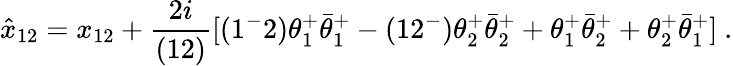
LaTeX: \hat{x}_{12}=x_{12}+{\frac{2i}{(12)}}[(1^{-}2)\theta_{1}^{+}\bar{\theta}_{1}^{+}-(12^{-})\theta_{2}^{+}\bar{\theta}_{2}^{+}+\theta_{1}^{+}\bar{\theta}_{2}^{+}+\theta_{2}^{+}\bar{\theta}_{1}^{+}]\ .